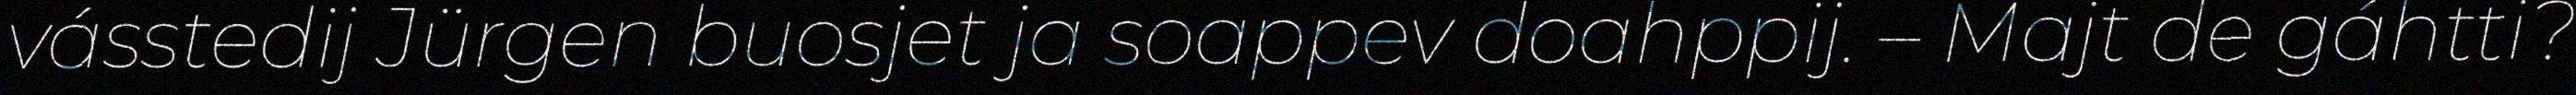
vásstedij Jürgen buosjet ja soappev doahppij. – Majt de gáhtti?